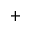
^ { + }